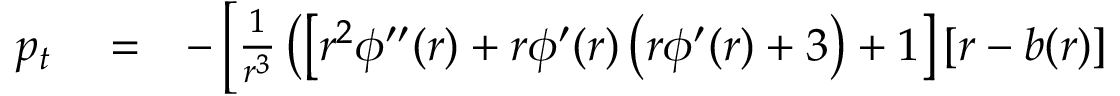
\begin{array} { r l r } { p _ { t } } & { { } = } & { - \left[ { \frac { 1 } { r ^ { 3 } } } \left( \left[ r ^ { 2 } \phi ^ { \prime \prime } ( r ) + r \phi ^ { \prime } ( r ) \left( r \phi ^ { \prime } ( r ) + 3 \right) + 1 \right] \left[ r - b ( r ) \right] \right. \right. } \end{array}